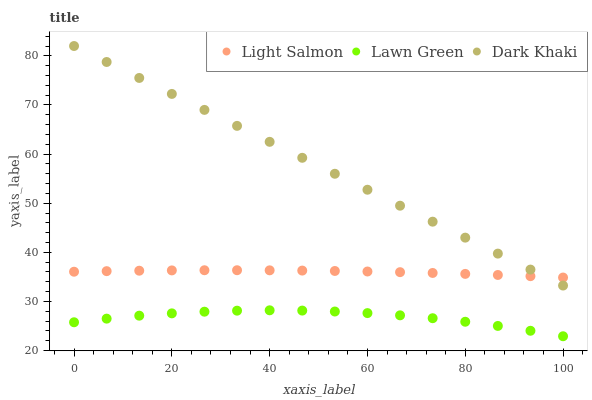
| xaxis_label | Light Salmon | Lawn Green | Dark Khaki |
 | --- | --- | --- | --- |
 | 0 | 36.1 | 25.8 | 82 |
 | 6.67 | 36.2 | 26.5 | 78.7 |
 | 13.3 | 36.3 | 27.1 | 75.5 |
 | 20 | 36.3 | 27.6 | 72.2 |
 | 26.7 | 36.4 | 27.9 | 69 |
 | 33.3 | 36.4 | 28.1 | 65.7 |
 | 40 | 36.3 | 28.2 | 62.5 |
 | 46.7 | 36.3 | 28.1 | 59.2 |
 | 53.3 | 36.2 | 28 | 56 |
 | 60 | 36.1 | 27.6 | 52.7 |
 | 66.7 | 36 | 27.2 | 49.5 |
 | 73.3 | 35.8 | 26.6 | 46.2 |
 | 80 | 35.6 | 25.9 | 43 |
 | 86.7 | 35.4 | 25 | 39.7 |
 | 93.3 | 35.1 | 24 | 36.5 |
 | 100 | 34.9 | 22.9 | 33.2 |